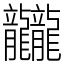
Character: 龖